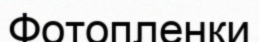
Фотопленки